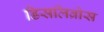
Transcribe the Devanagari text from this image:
डिसलिव्रोस